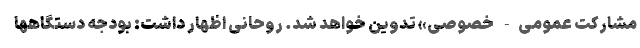
مشارکت عمومی- خصوصی» تدوین خواهد شد. روحانی اظهار داشت: بودجه دستگاهها